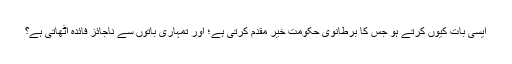
ایسی بات کیوں کرتے ہو جس کا برطانوی حکومت خیر مقدم کرتی ہے؛ اور تمہاری باتوں سے ناجائز فائدہ اٹھاتی ہے؟